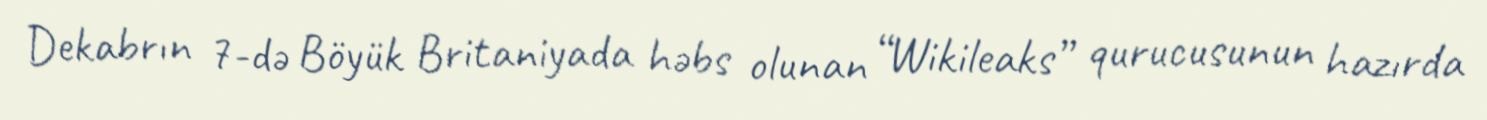
Dekabrın 7-də Böyük Britaniyada həbs olunan “Wikileaks” qurucusunun hazırda